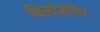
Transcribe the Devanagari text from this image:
फिलोसोफेर